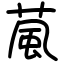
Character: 葻